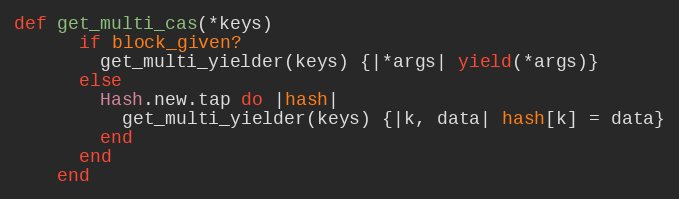
Language: Ruby
def get_multi_cas(*keys)
      if block_given?
        get_multi_yielder(keys) {|*args| yield(*args)}
      else
        Hash.new.tap do |hash|
          get_multi_yielder(keys) {|k, data| hash[k] = data}
        end
      end
    end